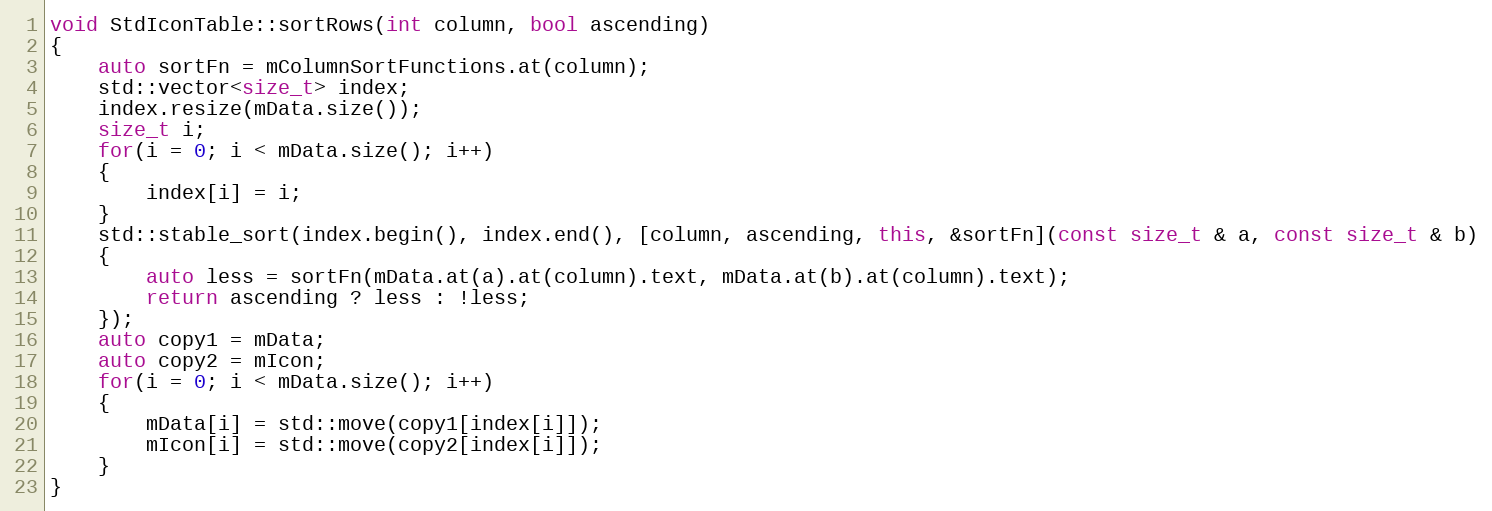
Language: C++
void StdIconTable::sortRows(int column, bool ascending)
{
    auto sortFn = mColumnSortFunctions.at(column);
    std::vector<size_t> index;
    index.resize(mData.size());
    size_t i;
    for(i = 0; i < mData.size(); i++)
    {
        index[i] = i;
    }
    std::stable_sort(index.begin(), index.end(), [column, ascending, this, &sortFn](const size_t & a, const size_t & b)
    {
        auto less = sortFn(mData.at(a).at(column).text, mData.at(b).at(column).text);
        return ascending ? less : !less;
    });
    auto copy1 = mData;
    auto copy2 = mIcon;
    for(i = 0; i < mData.size(); i++)
    {
        mData[i] = std::move(copy1[index[i]]);
        mIcon[i] = std::move(copy2[index[i]]);
    }
}